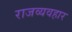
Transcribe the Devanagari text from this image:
राजव्यवहार